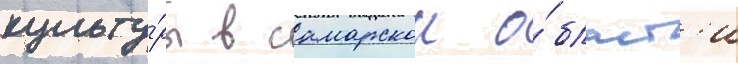
культу́ры в самарскои о́бласт'и